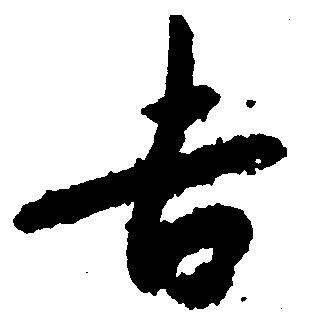
吉